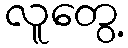
လူတွေ့